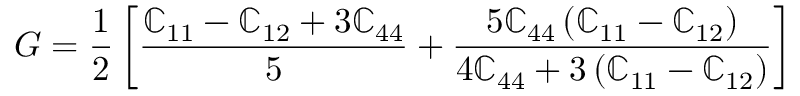
G = \frac { 1 } { 2 } \left[ \frac { \mathbb { C } _ { 1 1 } - \mathbb { C } _ { 1 2 } + 3 \mathbb { C } _ { 4 4 } } { 5 } + \frac { 5 \mathbb { C } _ { 4 4 } \left( \mathbb { C } _ { 1 1 } - \mathbb { C } _ { 1 2 } \right) } { 4 \mathbb { C } _ { 4 4 } + 3 \left( \mathbb { C } _ { 1 1 } - \mathbb { C } _ { 1 2 } \right) } \right]